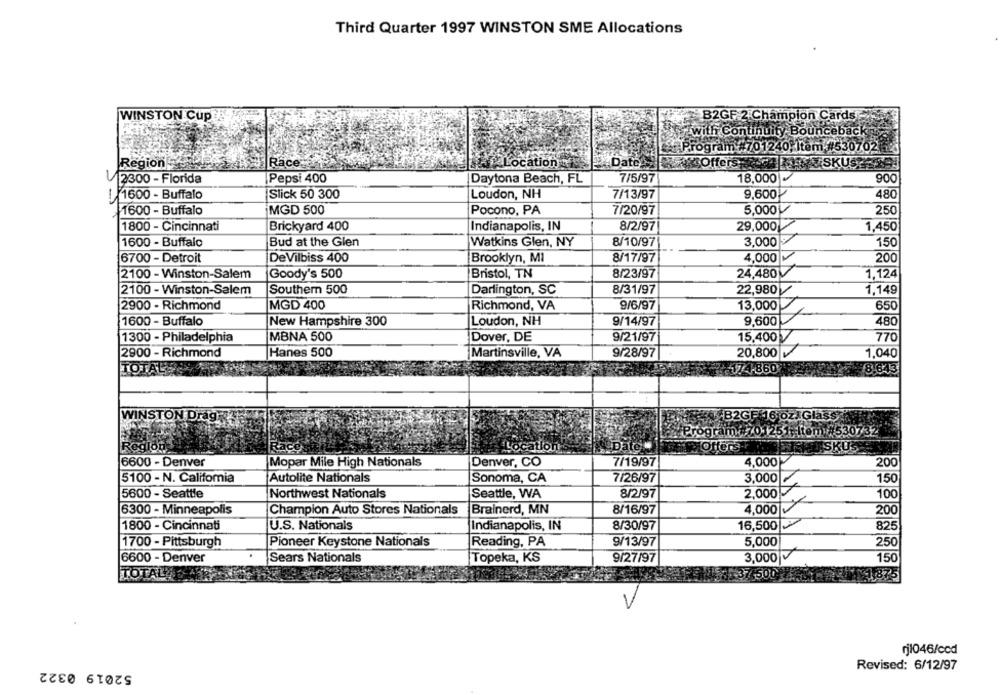
Third Quarter 1997 WINSTON SME Allocations
WINSTON Cup
B2GF 2 Champion Cards
vith Continuity Bounceback
Prog
ogra
701240, Item #530702
Region
Race:
cation
TOff
TSK
2300 - Florida
Pepsi 400
Daytona Beach, FL
7/5/97
18,000
900
1600 - Buffalo
Slick 50 300
Loudon, NH
7/13/97
9,600
480
1600 - Buffalo
MGD 500
Pocono, PA
7/20/97
5,000
250
1800 - Cincinnati
Brickyard 400
Indianapolis, IN
8/2/97
29,000
1,450
1600 - Buffalo
Bud at the Glen
Watkins Glen, NY
8/10/97
3,000
150
8/17/97
4,000
200
6700 - Detroit
DeVilbiss 400
Brooklyn, MI
2100 - Winston-Salem
Goody's 500
Bristol, TN
8/23/97
24,480
1,124
2100 - Winston-Salem
Southern 500
Darlington, SC
8/31/97
22,980
1.149
2900 - Richmond
MGD 400
Richmond, VA
9/6/97
650
13,000
1600 - Buffalo
New Hampshire 300
Loudon, NH
9/14/97
9,600
480
1300 - Philadelphia
MBNA 500
Dover, DE
9/21/97
15,400
770
2900 - Richmond
Hanes 500
Martinsville, VA
9/28/97
20,800
1,040
TOT
1-860
8,643
B2GF 16 oz Glass
WINSTON Drag
Program: 70-1251, Item #530732
ISKUS
Red
Location
Date:
Offers-
6600 - Denver
Mopar Mile High Nationals
Denver, CO
7/19/97
4,000
200
5100 - N. California
Autolite Nationals
Sonoma, CA
7/26/97
3,000
150
5600 - Seattle
Northwest Nationals
Seattle, WA
8/2/97
2,000
100
6300 - Minneapolis
Champion Auto Stores Nationals
Brainerd, MN
8/16/97
4,000
200
1800 - Cincinnati
U.S. Nationals
Indianapolis, IN
8/30/97
16,500
IDA
825
Reading, PA
9/13/97
5,000
1700 - Pittsburgh
Pioneer Keystone Nationals
250
6600 - Denver
Sears Nationals
Topeka, KS
9/27/97
3,000
150
TOT
1500
rj1046/ccd
52019 0322
Revised: 6/12/97